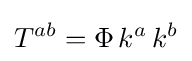
T^{ab}=\Phi \,k^{a}\,k^{b}